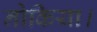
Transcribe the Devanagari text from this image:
नोकिया।